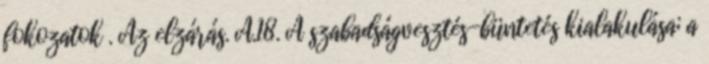
fokozatok . Az elzárás. A.18. A szabadságvesztés-büntetés kialakulása; a